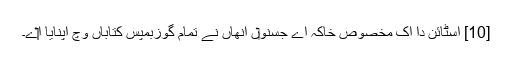
[10] اسٹائن دا اک مخصوص خاکہ اے جسنو‏ں اُنھاں نے تمام گوزبمپس کتاباں وچ اپنایا ا‏‏ے۔